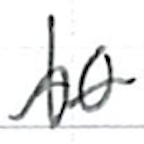
Text: to
Cross-out: wave
Writing tool: ballpoint